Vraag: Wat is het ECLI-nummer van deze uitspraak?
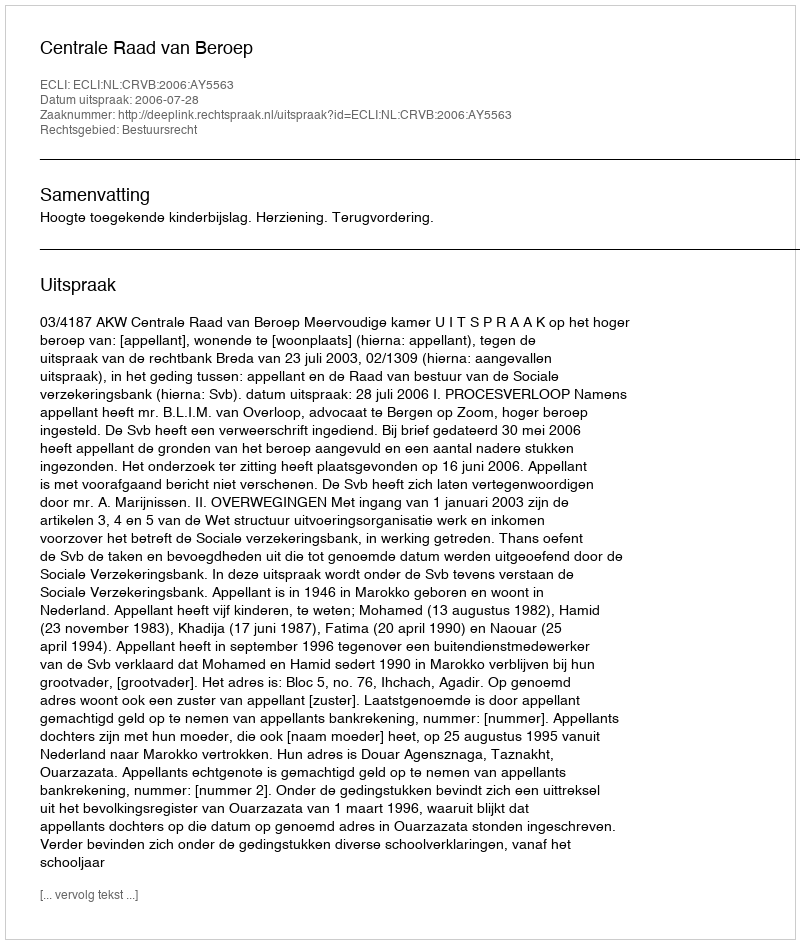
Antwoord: ECLI:NL:CRVB:2006:AY5563